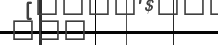
١٢٤